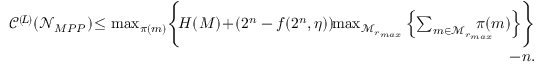
\begin{array} { r } { \mathscr { C } ^ { ( \! L \! ) } ( \mathcal { N } _ { M P P } ) \! \leq \operatorname* { m a x } _ { \pi ( m ) } \Biggl \{ \! H ( M ) \! + \! ( 2 ^ { n } - f ( 2 ^ { n } , \eta ) ) \! \! \operatorname* { m a x } _ { \mathcal { M } _ { r _ { m a x } } } \left\{ \sum _ { m \in \mathcal { M } _ { r _ { m a x } } } \! \! \! \! \! \! \! \! \pi ( m ) \right\} \Biggr \} } \\ { - n . } \end{array}